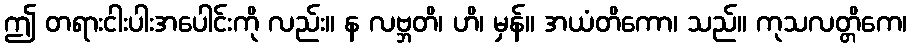
ဤ တရားငါးပါးအပေါင်းကို လည်း။ န လဗ္ဘတိ၊ ဟိ၊ မှန်။ အယံတိကော၊ သည်။ ကုသလတ္တိကေ၊